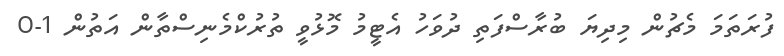
ފުރަތަމަ މެޗުން މިދިޔަ ބުރާސްފަތި ދުވަހު އެޓީމު މޮޅުވީ ތުރުކްމެނިސްތާން އަތުން 1-0